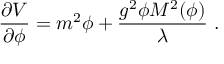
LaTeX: { \frac { \partial V } { \partial \phi } } = { m ^ { 2 } \phi } + { \frac { g ^ { 2 } \phi M ^ { 2 } ( \phi ) } { \lambda } } \ .